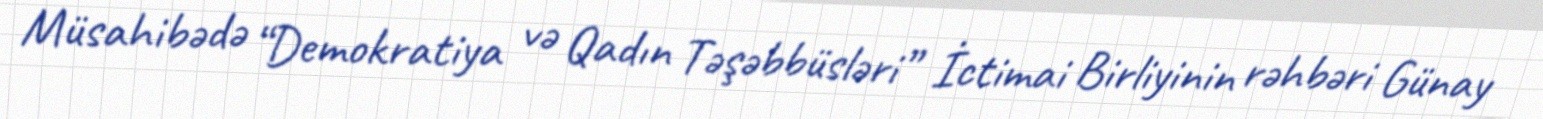
Müsahibədə “Demokratiya və Qadın Təşəbbüsləri” İctimai Birliyinin rəhbəri Günay